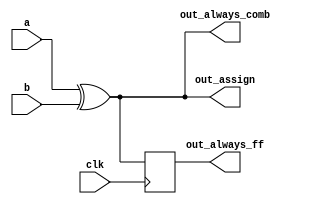
// synthesis verilog_input_version verilog_2001
module alwaysclk(
    input clk,
    input a,
    input b,
    output wire out_assign,
    output reg out_always_comb,
    output reg out_always_ff   );
    
    assign out_assign=a^b; // continous assignment always outside procedure
    
    always@(*)begin
        out_always_comb=a^b; //blocking assignments always used in combinational procedure
    end
    always@(posedge clk)begin
        out_always_ff<=a^b; //non-blocking in clocked procedure
    end
         

endmodule